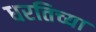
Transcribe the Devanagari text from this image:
धरतिच्या